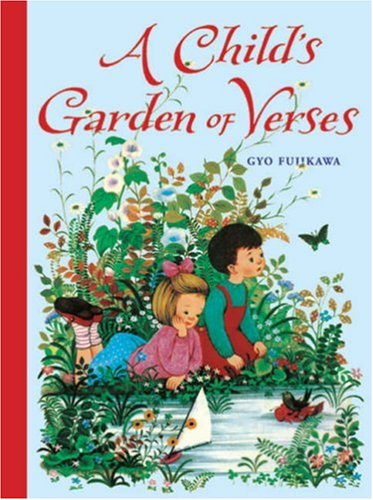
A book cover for A Child's Garden of Verses; Robert Louis Stevenson; Children's Books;